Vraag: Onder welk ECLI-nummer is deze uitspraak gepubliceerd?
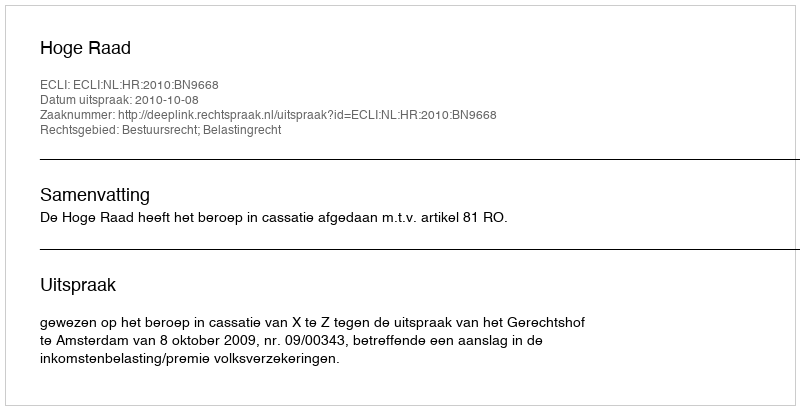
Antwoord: ECLI:NL:HR:2010:BN9668